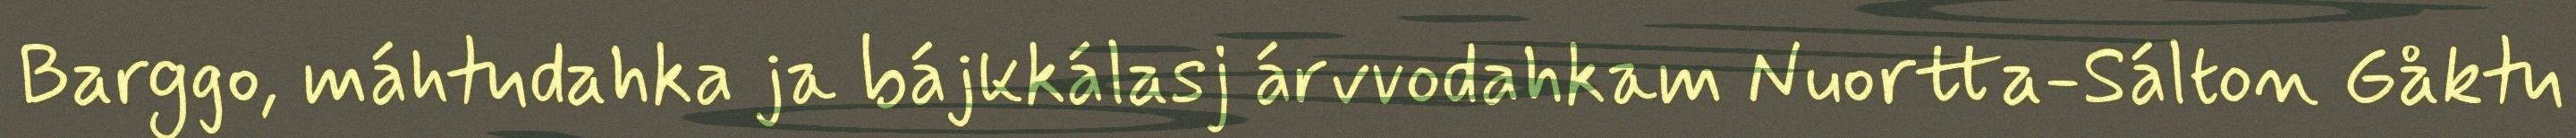
Barggo, máhtudahka ja bájkkálasj árvvodahkam Nuortta-Sálton Gåktu